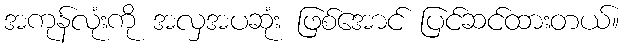
အကုန်လုံးကို အလှအပဆုံး ဖြစ်အောင် ပြင်ဆင်ထားတယ်။